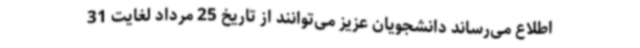
اطلاع می‌رساند دانشجویان عزیز می‌توانند از تاریخ 25 مرداد لغایت 31